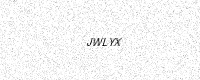
Text: JWLYX